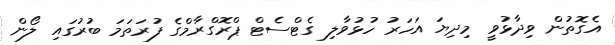
އެގޮތުން ވިދާޅުވީ މިދިޔަ އަހަރު ހުޅުވާލި ގެޓްސެޓް ޕްރޮގްރާމްގެ ފުރަތަމަ ބުރުގައި ލޯން